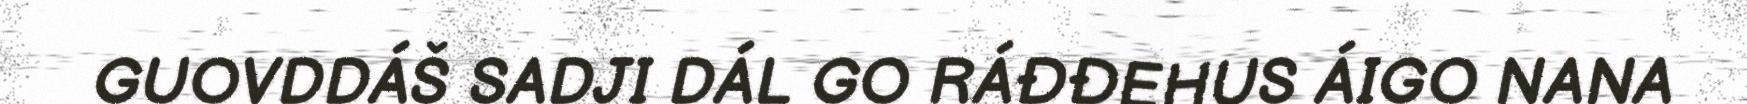
GUOVDDÁŠ SADJI DÁL GO RÁĐĐEHUS ÁIGO NANA